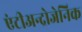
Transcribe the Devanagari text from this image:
एंटीअन्द्रोजेनिक